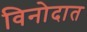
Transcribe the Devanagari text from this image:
विनोदात